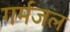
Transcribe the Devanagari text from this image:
गर्मजल